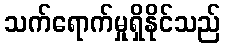
သက်ရောက်မှုရှိနိုင်သည်